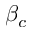
\beta _ { c }